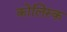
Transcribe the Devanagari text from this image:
कोलिस्क